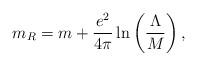
LaTeX: \begin{align*}m_R=m+\frac{e^2}{4\pi}\ln\left (\frac{\Lambda}{M}\right ),\end{align*}